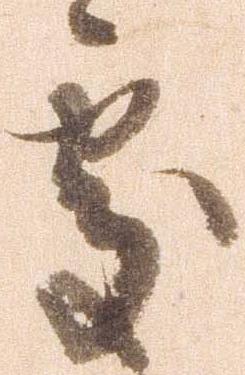
処